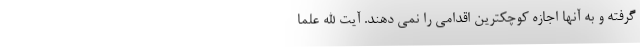
گرفته و به آنها اجازه کوچکترین اقدامی را نمی دهند. آیت الله علما